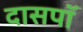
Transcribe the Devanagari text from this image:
दासपॉ